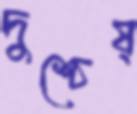
দুশ্চেষ্